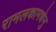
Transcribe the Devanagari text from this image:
रामलकामधेनु